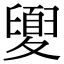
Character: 𡕻